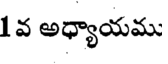
1 వ అధ్యాయము